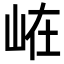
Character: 𭖘